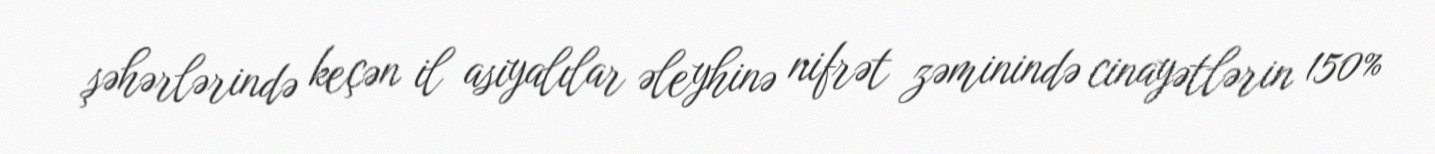
şəhərlərində keçən il asiyalılar əleyhinə nifrət zəminində cinayətlərin 150%